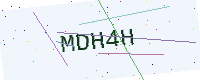
Text: MDH4H